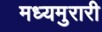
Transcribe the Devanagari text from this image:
मध्यमुरारी